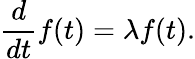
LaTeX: {\frac{d}{dt}}f(t)=\lambda f(t).